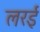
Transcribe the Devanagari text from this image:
लरई